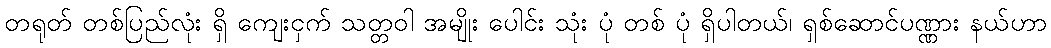
တရုတ် တစ်ပြည်လုံး ရှိ ကျေးငှက် သတ္တဝါ အမျိုး ပေါင်း သုံး ပုံ တစ် ပုံ ရှိပါတယ်၊ ရှစ်ဆောင်ပဏ္ဏား နယ်ဟာ